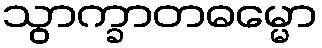
သွာက္ခာတဓမ္မော